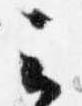
云